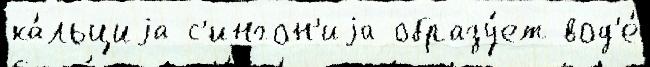
ка́льциjа с'ингон'иjа образу́ет вод'е́